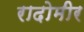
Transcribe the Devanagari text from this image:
रादोमीर